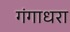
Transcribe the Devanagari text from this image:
गंगाधरा